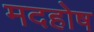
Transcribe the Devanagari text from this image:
मदहोष